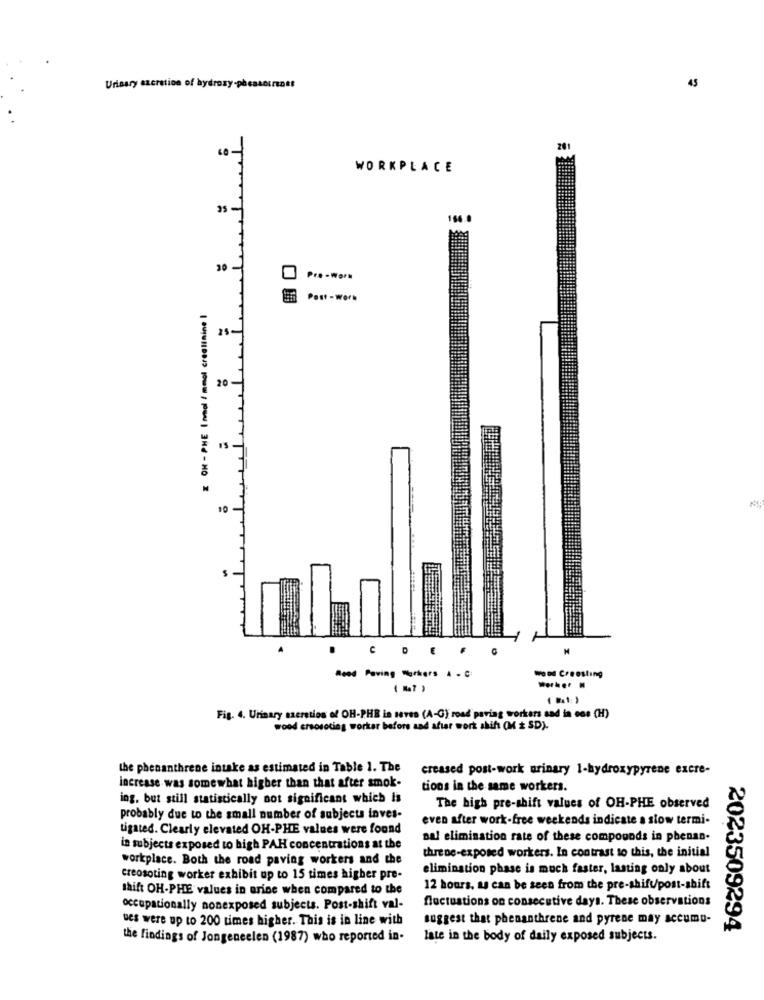
45
Urinary excretion of hydroxy-phessouratt
i
201
60 -
WORKPLACE
104.
30 -
Pre-Work
Post - Worn
Z OK - PHE Inmol / mmol creatinine I
25-
20-
CDE
.
Reed Paving Workers A . C
Wood Creosting
worker .
Fig. 4. Urinary szeretios of OH-PHE in seven (A-G) road paving workers sad in one (H)
wood creosoting workar before and after work shift (M + SD).
the phenanthrene intake as estimated in Table 1. The
creased post-work urinary 1-hydroxypyrene excre-
increase was somewhat higher than that after smok.
tions in the same workers.
ing, but still statistically not significant which Is
The high pre-shift values of OH-PHE observed
probably due to the small number of subjects inves-
even after work-free weekends indicate a slow termi-
tigated. Clearly elevated OH-PHE values were found
nal elimination rate of these compounds in phenan-
in subjects exposed to high PAH concentrations at the
workplace. Both the road paving workers and the
thre ne-exposed workers. In contrast to this, the initial
elimination phase is much faster, lasting only about
creosoting worker exhibit up to 15 times higher pre-
shift OH-PHE values in urine when compared to the
12 hours, as can be seen from the pre-shift/post-shift
fluctuations on consecutive days. These observations
occupationally nonexposed subjects. Post-shift val-
ues were up to 200 times higher. This is in line with
suggest that phenanthrene and pyrene may accumu-
2023509294
the findings of Jongeneelen (1987) who reported in-
late in the body of daily exposed subjects.